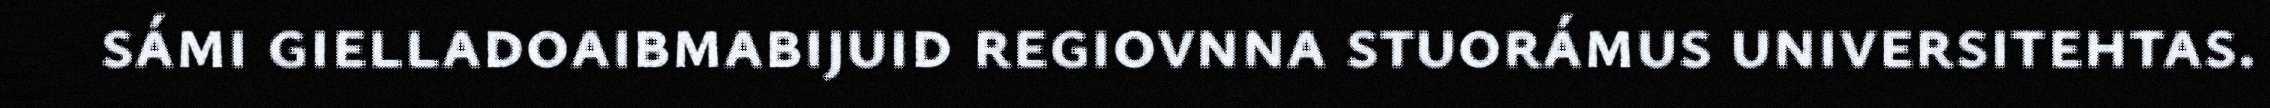
sámi gielladoaibmabijuid regiovnna stuorámus universitehtas.